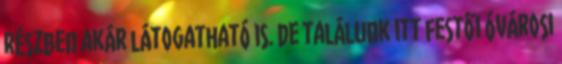
részben akár látogatható is. De találunk itt festői óvárosi